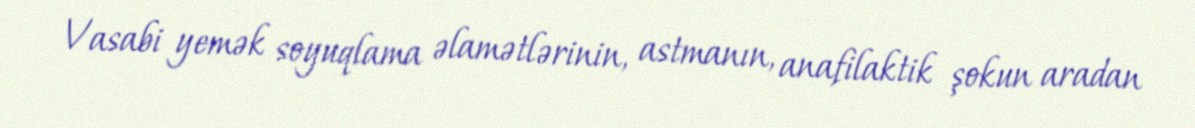
Vasabi yemək soyuqlama əlamətlərinin, astmanın, anafilaktik şokun aradan